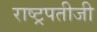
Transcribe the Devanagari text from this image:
राष्ट्रपतीजी